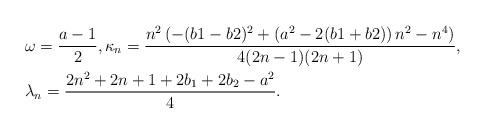
LaTeX: \begin{align*}&\omega=\frac{a-1}{2}, \kappa_n=\frac{n^2 \left(- (b1 - b2)^2+\left(a^2 - 2 (b1 + b2)\right) n^2 - n^4 \right)}{4 (2 n - 1) (2 n + 1)} ,\\&\lambda_n=\frac{2 n^2 + 2 n + 1+2b_1+2b_2-a^2}{4}.\end{align*}